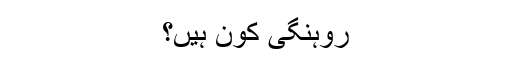
روہنگی کون ہیں؟